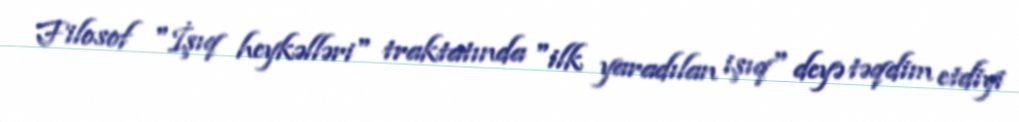
Filosof "İşıq heykəlləri" traktatında "ilk yaradılan işıq" deyə təqdim etdiyi